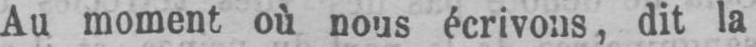
Au moment où nous écrivons, dit la